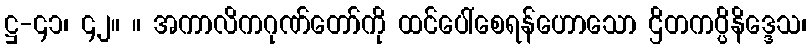
ဋ္ဌ-၄၁၊ ၄၂။ ။ အကာလိကဂုဏ်တော်ကို ထင်ပေါ်စေရန်ဟောသော ဌိတကပ္ပိနိဒ္ဒေသ၊